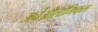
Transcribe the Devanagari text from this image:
अर्चेओलोगिकल